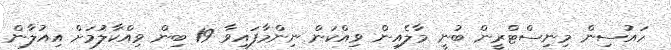
ހައުސިން މިނިސްޓްރީން ބުނީ މާލެއިން ވިއްކަން ނިންމާފައިވާ 19 ބިން ވިއްކާލުމަށް އިއުލާން